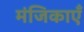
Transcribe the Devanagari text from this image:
मंजिकाएँ